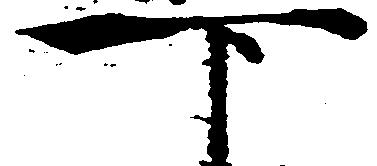
下